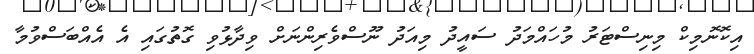
އިކޮނޮމިކް މިނިސްޓަރު މުހައްމަދު ސައީދު މިއަދު ނޫސްވެރިންނަށް ވިދާޅުވި ގޮތުގައި އެ އެއްބަސްވުމާ